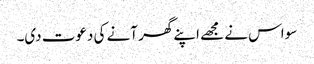
سو اس نے مجھے اپنے گھر آنے کی دعوت دی۔